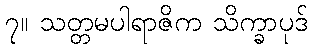
၇။ သတ္တမပါရာဇိက သိက္ခာပုဒ်